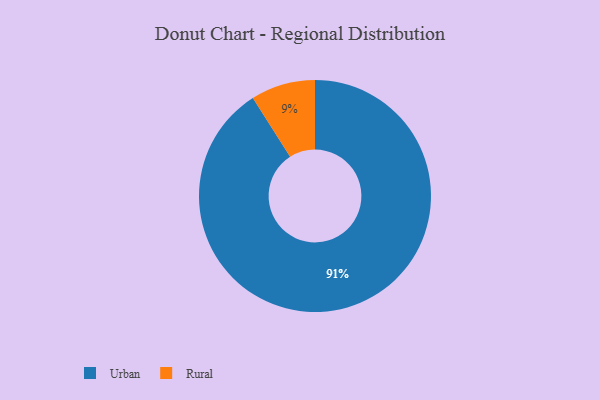
{"axis": {"x": "Category", "y": "Percentage"}, "legend": ["Rural", "Urban"], "data": [{"x": "Urban", "y": 91, "type": "Urban"}, {"x": "Rural", "y": 9, "type": "Rural"}]}